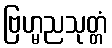
ဗြဟ္မညသုတ္တံ